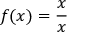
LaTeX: f ( x ) = { \frac { x } { x } }